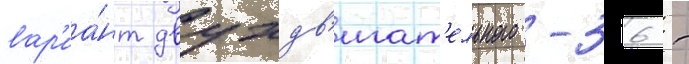
вар'иа́нт двухдв'игат'ельного -36 -